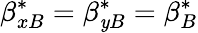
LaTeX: \beta_{xB}^{*}=\beta_{\mathit{y}B}^{*}=\beta_{B}^{*}